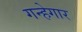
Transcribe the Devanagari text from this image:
गन्हेगार